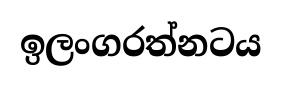
ඉලංගරත්නටය